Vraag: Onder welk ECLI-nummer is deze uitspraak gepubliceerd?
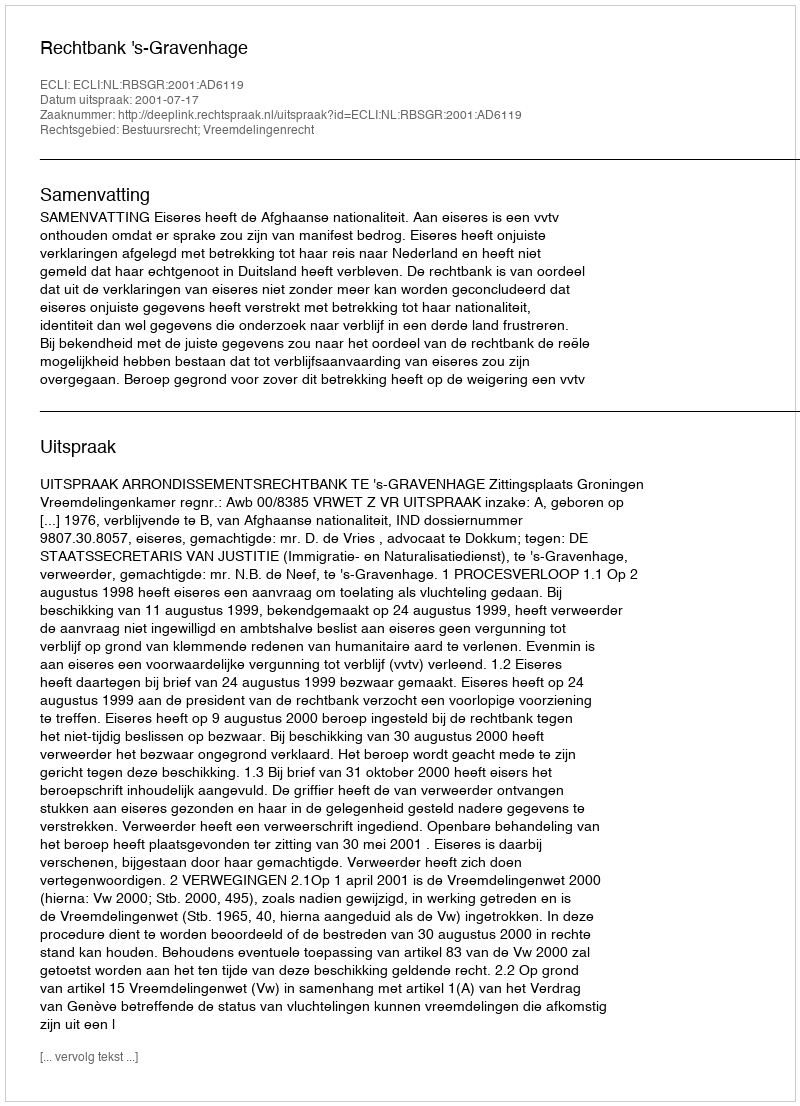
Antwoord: ECLI:NL:RBSGR:2001:AD6119